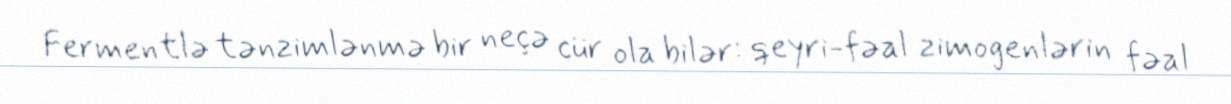
Fermentlə tənzimlənmə bir neçə cür ola bilər: qeyri-fəal zimogenlərin fəal